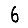
Digit: 6